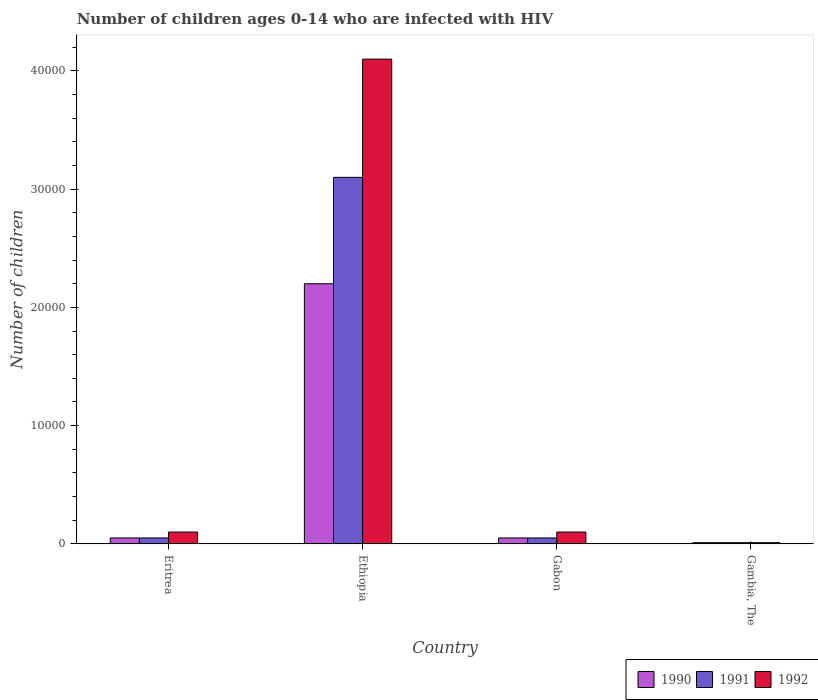
| Country | 1990 | 1991 | 1992 |
 | --- | --- | --- | --- |
 | Eritrea | 500 | 500 | 1e+03 |
 | Ethiopia | 2.2e+04 | 3.1e+04 | 4.1e+04 |
 | Gabon | 500 | 500 | 1e+03 |
 | Gambia, The | 100 | 100 | 100 |